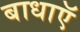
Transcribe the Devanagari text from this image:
बाधाऍ